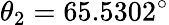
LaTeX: \theta_{2}=65.5302^{\circ}